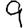
Digit: 9